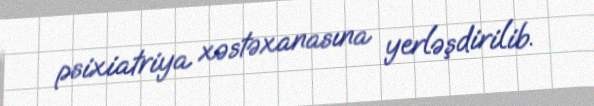
psixiatriya xəstəxanasına yerləşdirilib.